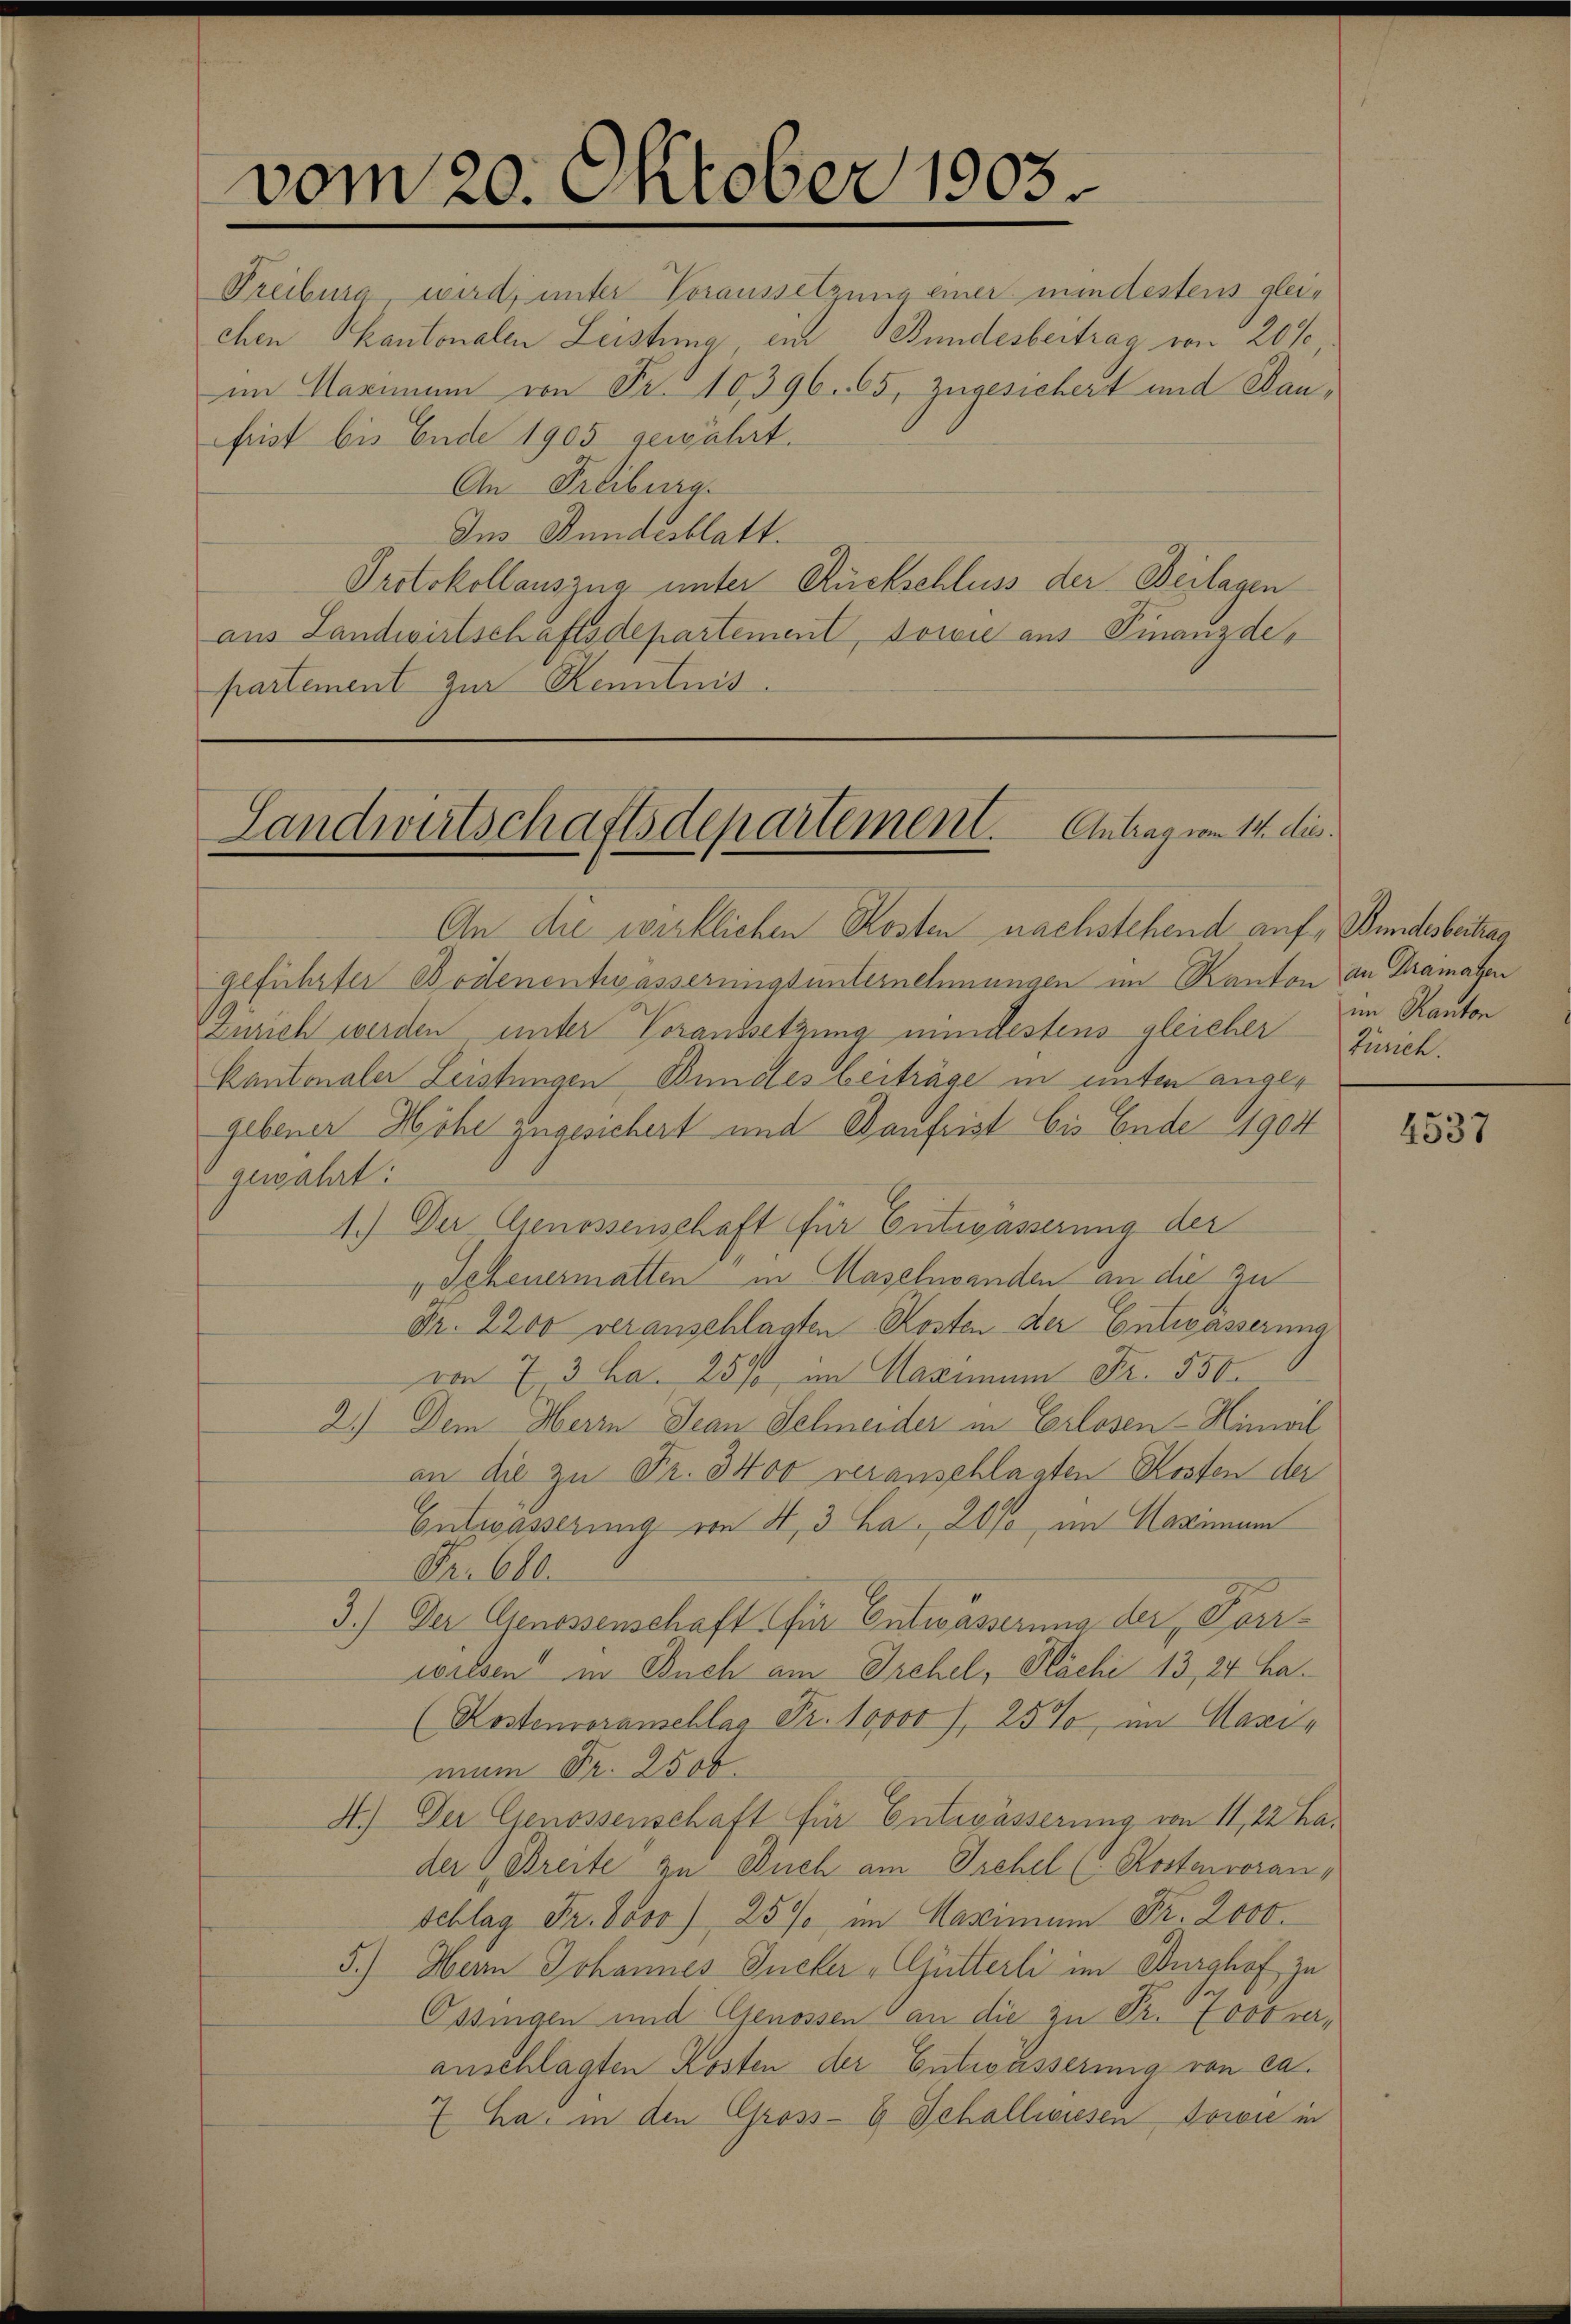
vom 20. Oktober 1903.

Treiburg wird, unter Voraussetzung einer mindestens gleichen Skantonalen Leistung ein Bundesbeitrag von 20%,
im Maximum von Fr. 10396. 65, Zugesichert und Baufrist bis Ende 1905 gewährt.
An Freiburg.
Ins Bundesblatt.
Protokollauszug unter Rückschluss der Beilagen
aus Landwirtschaftsdepartement, sowie aus Finanzdepartement zur Kenntnis.

Landwirtschaftsdepartement. Antrag vom 14. die
An die wirklichen Kosten nachstehend auf, Bundesbeitrag

geführter Bodenentwässerungsunternehmungen im Kanton an Dramatin
Zürich werden unter Voraussetzung mindestens gleicher Zürich.
Kantonaler Leistungen Bundes beiträge in unten angegebener Höhe zugesichert und Baufrist bis Ende 1904
gewahrt:
4.) Der Genossenschaft für Entwässerung der
„Scheuermatten in Maschwanden an die zu
Fr. 2200 veranschlagten Kosten der Entwässerung
von 7 3 ha. 25% im Maximum Fr. 550.
2.) Dem Herrn Jean Schneider in Erlosen - Hinweil
an die zu Fr. 3400 veranschlagten Kosten der
Entwässerung von 4, 3 ha. 20% im Maximum
Fr. 600.
3.) Der Genossenschaft für Entwässerung der Vorwilden in Buch am Irchel, Plächi 13, 24 ha¬
(Kostenvoranschlag Fr. 10000 f., 25%, im Marie
mum Fr. 2500.
A.) Der Genossenschaft für Entwässerung von 11, 22 Hader Breite zu Dich am Irchel ( Kostenvoran¬
Schlag Fr. Joso) 25% im Maximum Fr. 2000.
5.) Herrn Johannes Gucker Gütterli im Burghof zu
Ossingen und Genossen & an die zu Dr. Jovo veranschlagten Kosten der Entwässerung von ca.
7 ha. in den Gross-G. Schallwiesen sowie in

im Kanton

4537